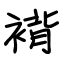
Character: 褙